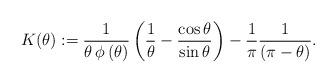
LaTeX: \begin{align*}K(\theta):=\frac{1}{\theta\,\phi\left(\theta\right)}\left(\frac{1}{\theta}-\frac{\cos{\theta}}{\sin{\theta}} \right)-\frac{1}{\pi}\frac{1}{(\pi-\theta)}.\end{align*}